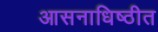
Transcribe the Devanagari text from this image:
आसनाधिष्ठीत